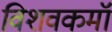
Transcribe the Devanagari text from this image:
विशवकमॉ